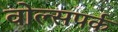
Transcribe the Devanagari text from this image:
वोल्सपर्क